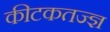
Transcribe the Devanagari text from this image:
कीटकतज्ज्ञ